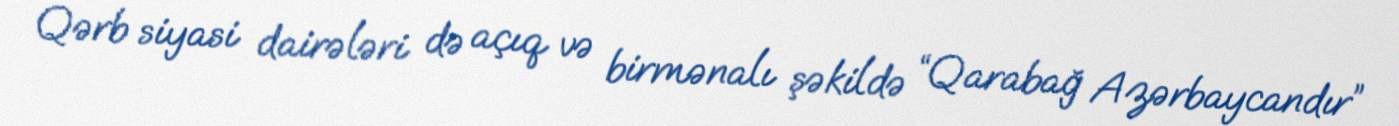
Qərb siyasi dairələri də açıq və birmənalı şəkildə “Qarabağ Azərbaycandır”